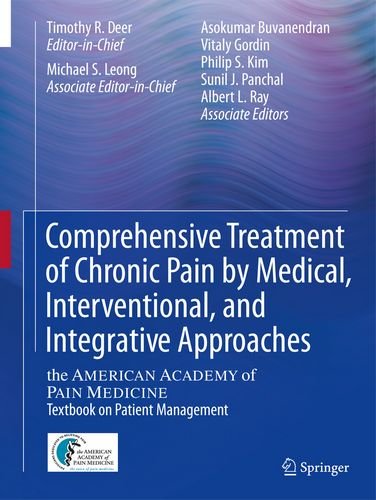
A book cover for Comprehensive Treatment of Chronic Pain by Medical, Interventional, and Integrative Approaches: The AMERICAN ACADEMY OF PAIN MEDICINE Textbook on Patient Management; Medical Books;